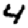
Digit: 4